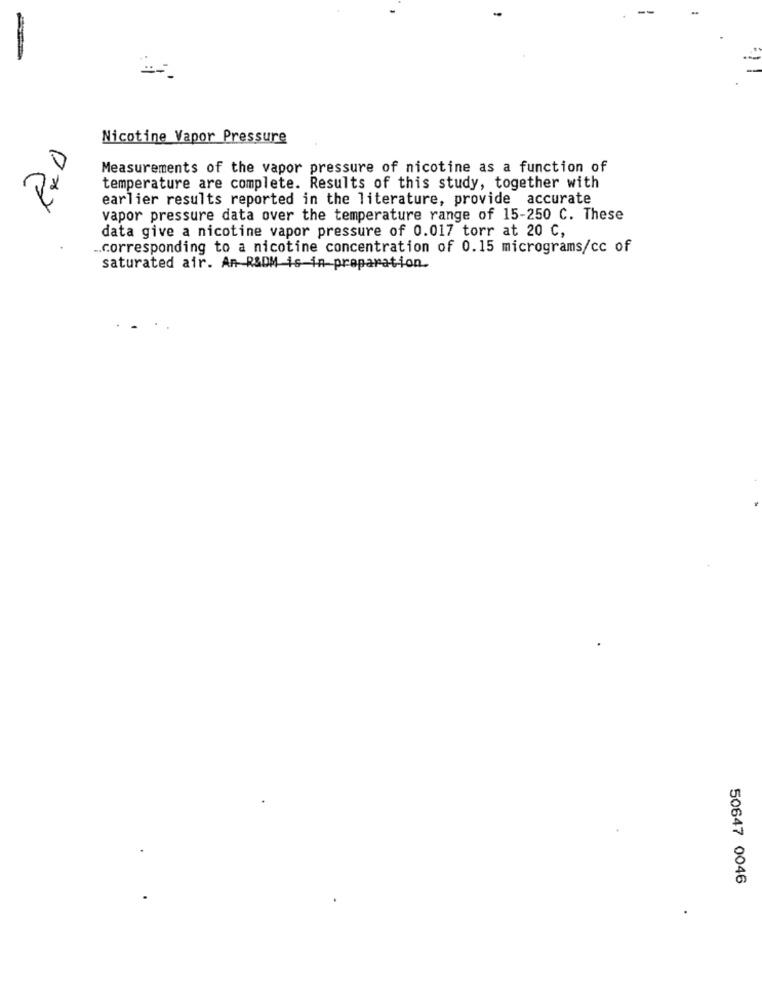
Nicotine Vapor Pressure
EXD
Measurements of the vapor pressure of nicotine as a function of
temperature are complete. Results of this study, together with
earlier results reported in the literature, provide accurate
vapor pressure data over the temperature range of 15-250 C. These
data give a nicotine vapor pressure of 0.017 torr at 20 C,
.. corresponding to a nicotine concentration of 0.15 micrograms/cc of
saturated air. An R&DM is-in preparation.
50647 0046